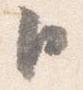
臣